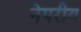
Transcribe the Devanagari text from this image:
नेपरीय